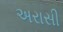
અરાસી